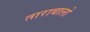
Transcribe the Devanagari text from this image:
ताराबालो